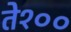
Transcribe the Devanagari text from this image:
ते१००